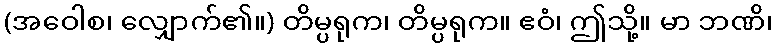
(အဝေါစ၊ လျှောက်၏။) တိမ္ပရုက၊ တိမ္ပရုက။ ဧဝံ၊ ဤသို့။ မာ ဘဏိ၊